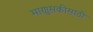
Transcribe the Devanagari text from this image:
माणुसकीसाठी